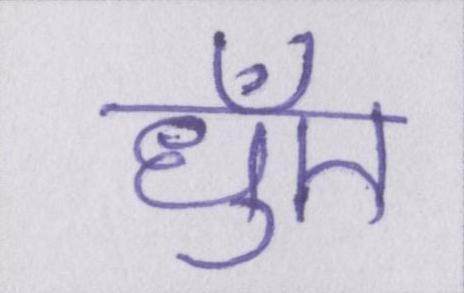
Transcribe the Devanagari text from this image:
धुँए